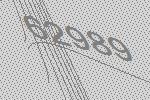
62989